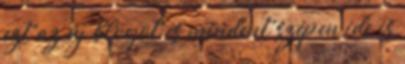
ezt az új blogot és mindent szépen ide is